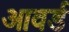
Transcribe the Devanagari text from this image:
आवर्ड